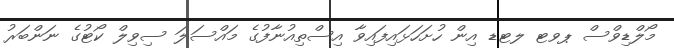
މޯލްޑިވްސް ޕވޓ ލޓޑ އިން ހުށަހަޅައިފައިވާ އިސްތިއުނާފުގެ މައްސަލަ ސިވިލް ކޯޓުގެ ނަންބަރު